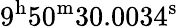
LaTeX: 9^{\mathrm{h}}50^{\mathrm{m}}30.0034^{\mathrm{s}}